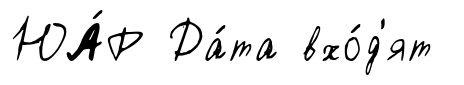
ЮА́Р Да́та вхо́д'ят